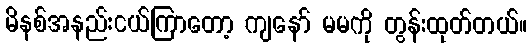
မိနစ်အနည်းငယ်ကြာတော့ ကျနော် မမကို တွန်းထုတ်တယ်။